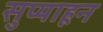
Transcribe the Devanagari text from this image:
सुप्याहून